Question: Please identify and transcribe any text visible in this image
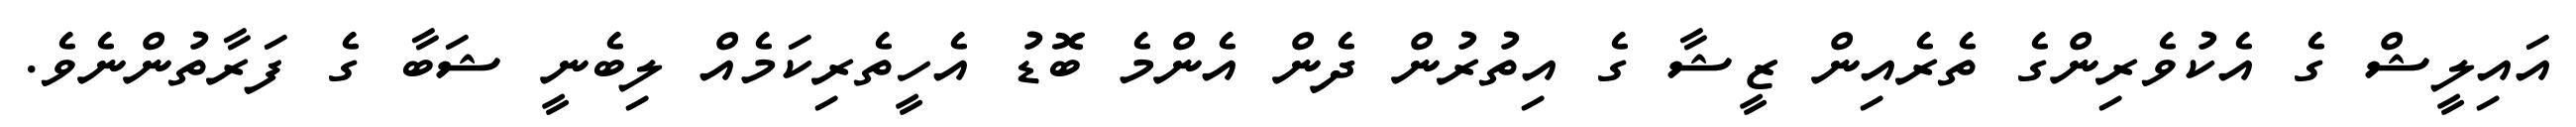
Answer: އައިލީޝް ގެ އެކުވެރިންގެ ތެރެއިން ޒީޝާ ގެ އިތުރުން ދެން އެންމެ ބޮޑު އެހީތެރިކަމެއް ލިބެނީ ޝަބާ ގެ ފަރާތުންނެވެ.